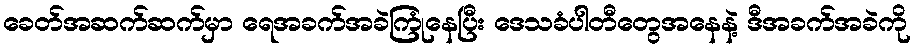
ခေတ်အဆက်ဆက်မှာ ရေအခက်အခဲကြုံနေပြီး ဒေသခံပါတီတွေအနေနဲ့ ဒီအခက်အခဲကို